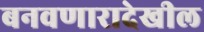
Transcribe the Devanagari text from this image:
बनवणारादेखील